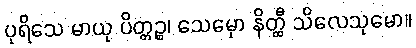
ပုရိသေ မာယု ပိတ္တဉ္စ၊ သေမှော နိတ္ထီ သိလေသုမော။